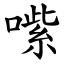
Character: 㗪